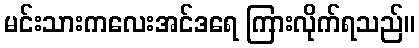
မင်းသားကလေးအင်ဒရေ ကြားလိုက်ရသည်။